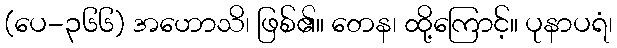
(ပေ-၃၆၆) အဟောသိ၊ ဖြစ်၏။ တေန၊ ထို့ကြောင့်။ ပုနာပရံ၊